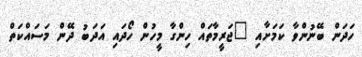
ހަދަން ބޭނުންވާ ކަމަށާއި "ޖަރީމާތައް ހިންގާ މީހުން ހޯދައި އަދަބު ދޭން މަސައްކަތް